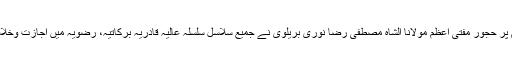
تقریر کے اختتام پر حجور مفتی اعظم مولانا الشاہ مصطفیٰ رضا نوری بریلوی نے جمیع سلاسل سلسلہ عالیہ قادریہ برکاتیہ، رضویہ میں اجازت وخلافت عطا فرمائی۔